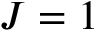
J = 1